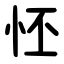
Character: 怌